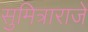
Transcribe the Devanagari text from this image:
सुमित्राराजे